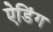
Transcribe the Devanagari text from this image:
ऐडिंग